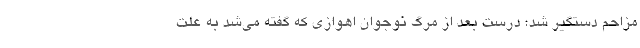
مزاحم دستگیر شد؛ درست بعد از مرگ نوجوان اهوازی که گفته می‌شد به علت